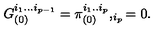
G _ { ( 0 ) } ^ { i _ { 1 } . . . i _ { p - 1 } } = \pi _ { ( 0 ) } ^ { i _ { 1 } . . i _ { p } } , _ { i _ { p } } = 0 .